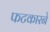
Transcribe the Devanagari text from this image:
फटकारने